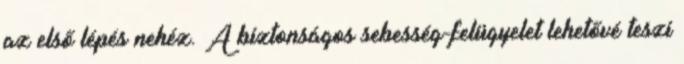
az első lépés nehéz. A biztonságos sebesség-felügyelet lehetővé teszi